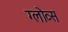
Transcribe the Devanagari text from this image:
ग्लोव्स